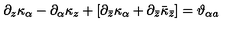
\partial _ { z } \kappa _ { \alpha } - \partial _ { \alpha } \kappa _ { z } + [ \partial _ { \bar { z } } \kappa _ { \alpha } + \partial _ { \bar { z } } \bar { \kappa } _ { \bar { z } } ] = \vartheta _ { \alpha a }